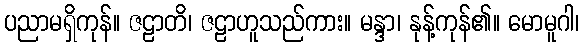
ပညာမရှိကုန်။ ဇဠာတိ၊ ဇဠာဟူသည်ကား။ မန္ဒာ၊ နုန့်ကုန်၏။ မောမူဂါ၊